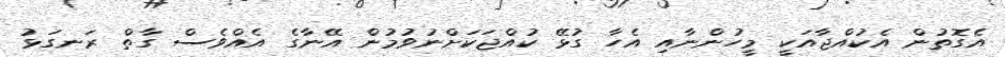
އެގޮތުން އެކުއްޖާއަކީ މީހުންނާއި އެހާ ގުޅޭ ކުއްޖަކަށްނުވުމުން އޭނާގެ އެއްވެސް ގާތް ރަނގަޅު